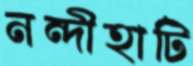
নন্দীহাটি